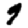
Digit: 9